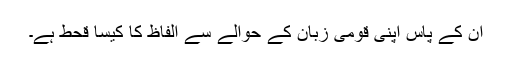
اُن کے پاس اپنی قومی زبان کے حوالے سے الفاظ کا کیسا قحط ہے۔